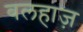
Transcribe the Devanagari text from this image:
बलहाज़